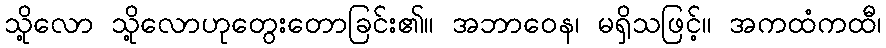
သို့လော သို့လောဟုတွေးတောခြင်း၏။ အဘာဝေန၊ မရှိသဖြင့်။ အကထံကထီ၊